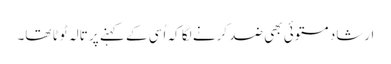
ارشاد مستوئی بھی ضد کرنے لگا کہ اُسی کے کہنے پر تالہ ٹوٹا تھا۔